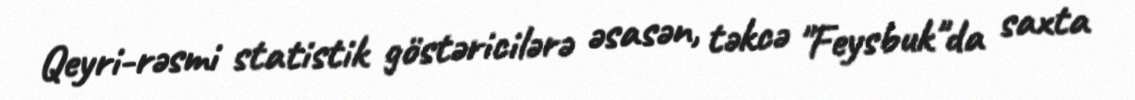
Qeyri-rəsmi statistik göstəricilərə əsasən, təkcə "Feysbuk"da saxta